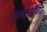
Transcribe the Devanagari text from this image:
दासदासींच्या